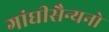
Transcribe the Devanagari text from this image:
गांघीसैन्यनो